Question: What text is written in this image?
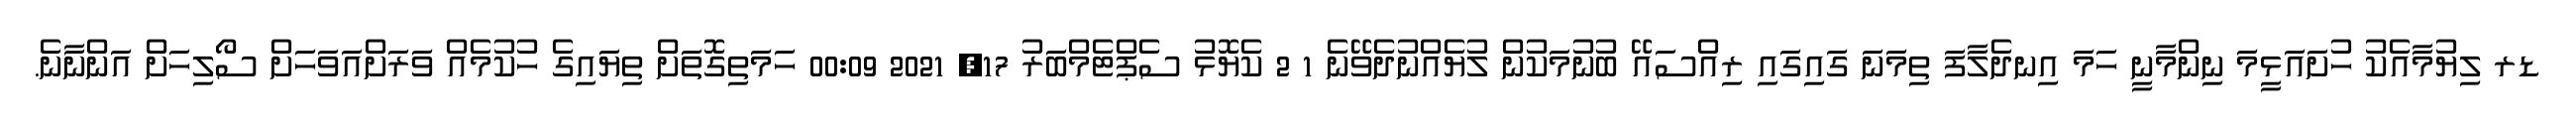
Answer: ޑރ ލިޔުމާއެކު ހުށައަޅީމަ ނިންމާނީ ހަމަ އިނދެލާފަ ތިމަނަ ގައިގައި ރިއްސައޭ ބުނުމަކުން ލުޔެއްނުދެވޭނެ 1 2 ކެޔޮޅު ސެޕްޓެމްބަރު 17, 2021 00:09 ހަމަތިގޮތަށް ތިޔައިގެ ހުކުމެއް ވަރަށްއަވަހަށް ސޯލިހަށް އަންނާނެ.